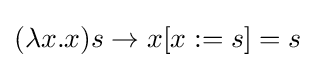
(\lambda x.x)s\to x[x:=s]=s